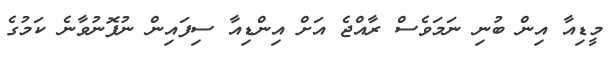
މީޑިއާ އިން ބުނި ނަމަވެސް ރާއްޖެ އަށް އިންޑިއާ ސިފައިން ނުފޮނުވާނެ ކަމުގެ